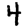
Digit: 4